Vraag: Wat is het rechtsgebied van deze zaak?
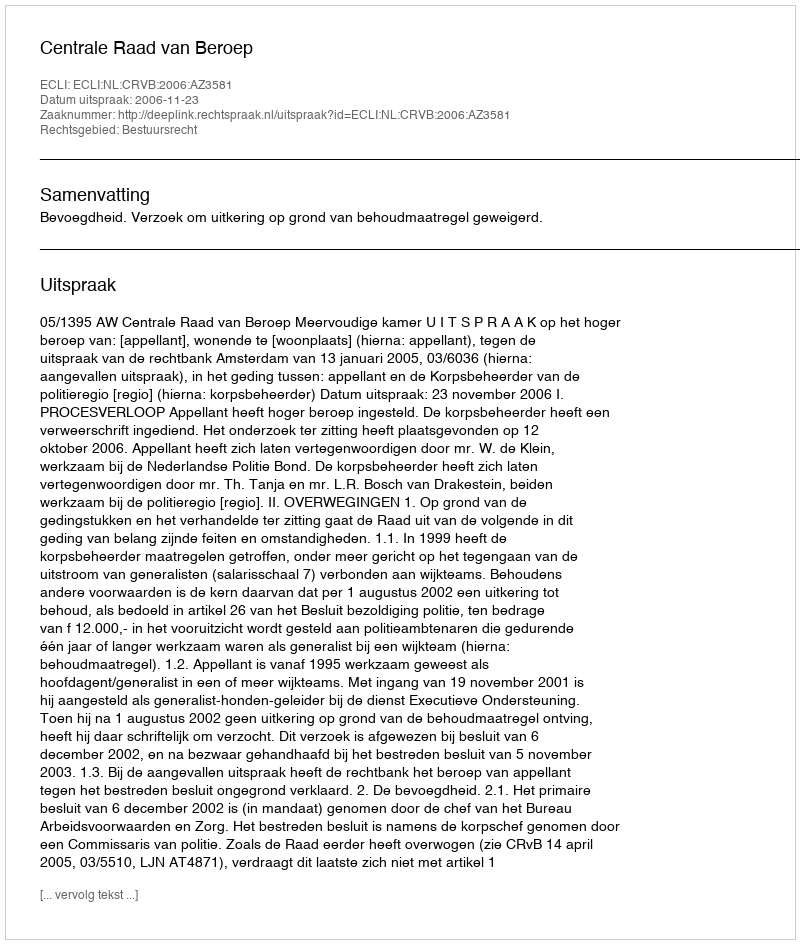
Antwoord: Bestuursrecht